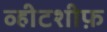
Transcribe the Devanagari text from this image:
व्हीटशीफ़